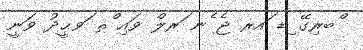
ްބރިގޭ ިޑ ައރ ޖެ ެނ ަރލް ވައި ްޘ ަވޙީދު ވަނީ